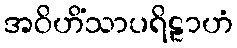
အဝိဟိံသာပရိဠာဟံ